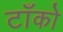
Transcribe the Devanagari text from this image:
टाँको